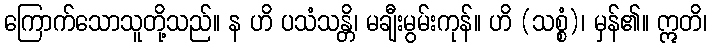
ကြောက်သောသူတို့သည်။ န ဟိ ပသံသန္တိ၊ မချီးမွမ်းကုန်။ ဟိ (သစ္စံ)၊ မှန်၏။ ဣတိ၊